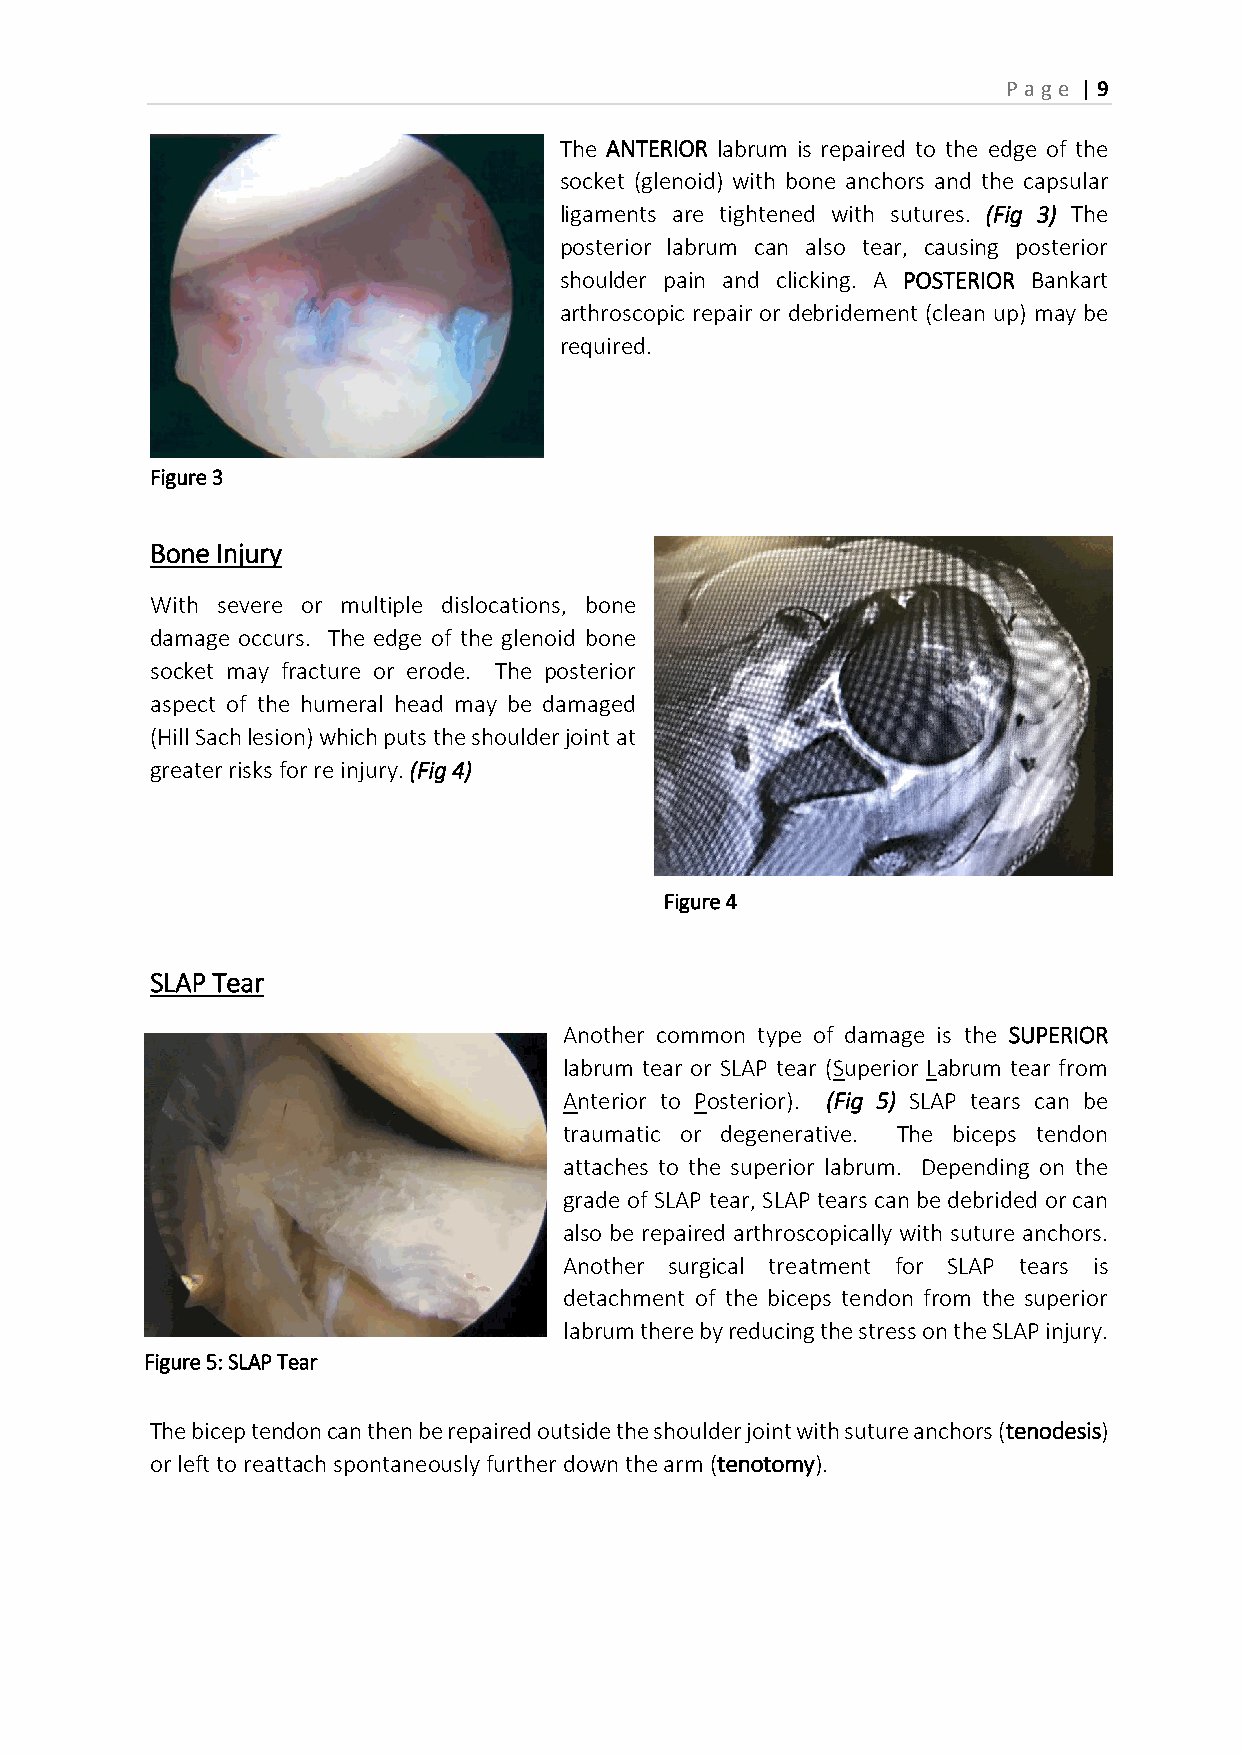
P age | 9
 The ANTERIOR labrum is repaired to the edge of the
 socket (glenoid) with bone anchors and the capsular
 ligaments are tightened with sutures. (Fig 3) The
 posterior labrum can also tear, causing posterior
 shoulder pain and clicking. A POSTERIOR Bankart
 arthroscopic repair or debridement (clean up) may be
 required.
 Figure 3
 Bone Injury
 With severe or multiple dislocations, bone
 damage occurs. The edge of the glenoid bone
 socket may fracture or erode. The posterior
 aspect of the humeral head may be damaged
 (Hill Sach lesion) which puts the shoulder joint at
 greater risks for re injury. (Fig 4)
 Figure 4
 SLAP Tear
 Another common type of damage is the SUPERIOR
 labrum tear or SLAP tear (Superior Labrum tear from
 Anterior to Posterior). (Fig 5) SLAP tears can be
 traumatic or degenerative. The biceps tendon
 attaches to the superior labrum. Depending on the
 grade of SLAP tear, SLAP tears can be debrided or can
 also be repaired arthroscopically with suture anchors.
 Another surgical treatment for SLAP tears is
 detachment of the biceps tendon from the superior
 labrum there by reducing the stress on the SLAP injury.
 Figure 5: SLAP Tear
 The bicep tendon can then be repaired outside the shoulder joint with suture anchors (tenodesis)
 or left to reattach spontaneously further down the arm (tenotomy).